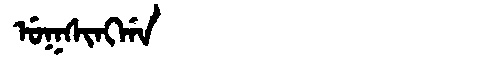
Manchu: ᡠᡴᠰᡳᠩᡤᠠ
Romanization: UKSINGGA